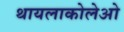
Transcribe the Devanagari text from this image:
थायलाकोलेओ